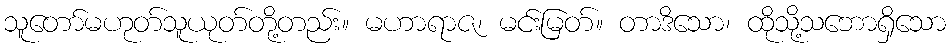
သူတော်မဟုတ်သူယုတ်တို့တည်း။ မဟာရာဇ၊ မင်းမြတ်။ တာဒိသော၊ ထိုသို့သဘောရှိသော